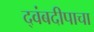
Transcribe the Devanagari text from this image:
द्वंबदीपाचा